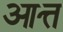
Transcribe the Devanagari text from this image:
आत्त